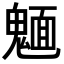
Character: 𩳾